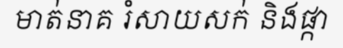
មាត់នាគ រំសាយសក់ និងផ្កា